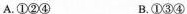
A. ①②④ B. ①③④